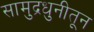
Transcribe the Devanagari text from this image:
सामुद्रधुनीतून